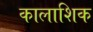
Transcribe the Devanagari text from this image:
कालाशिक